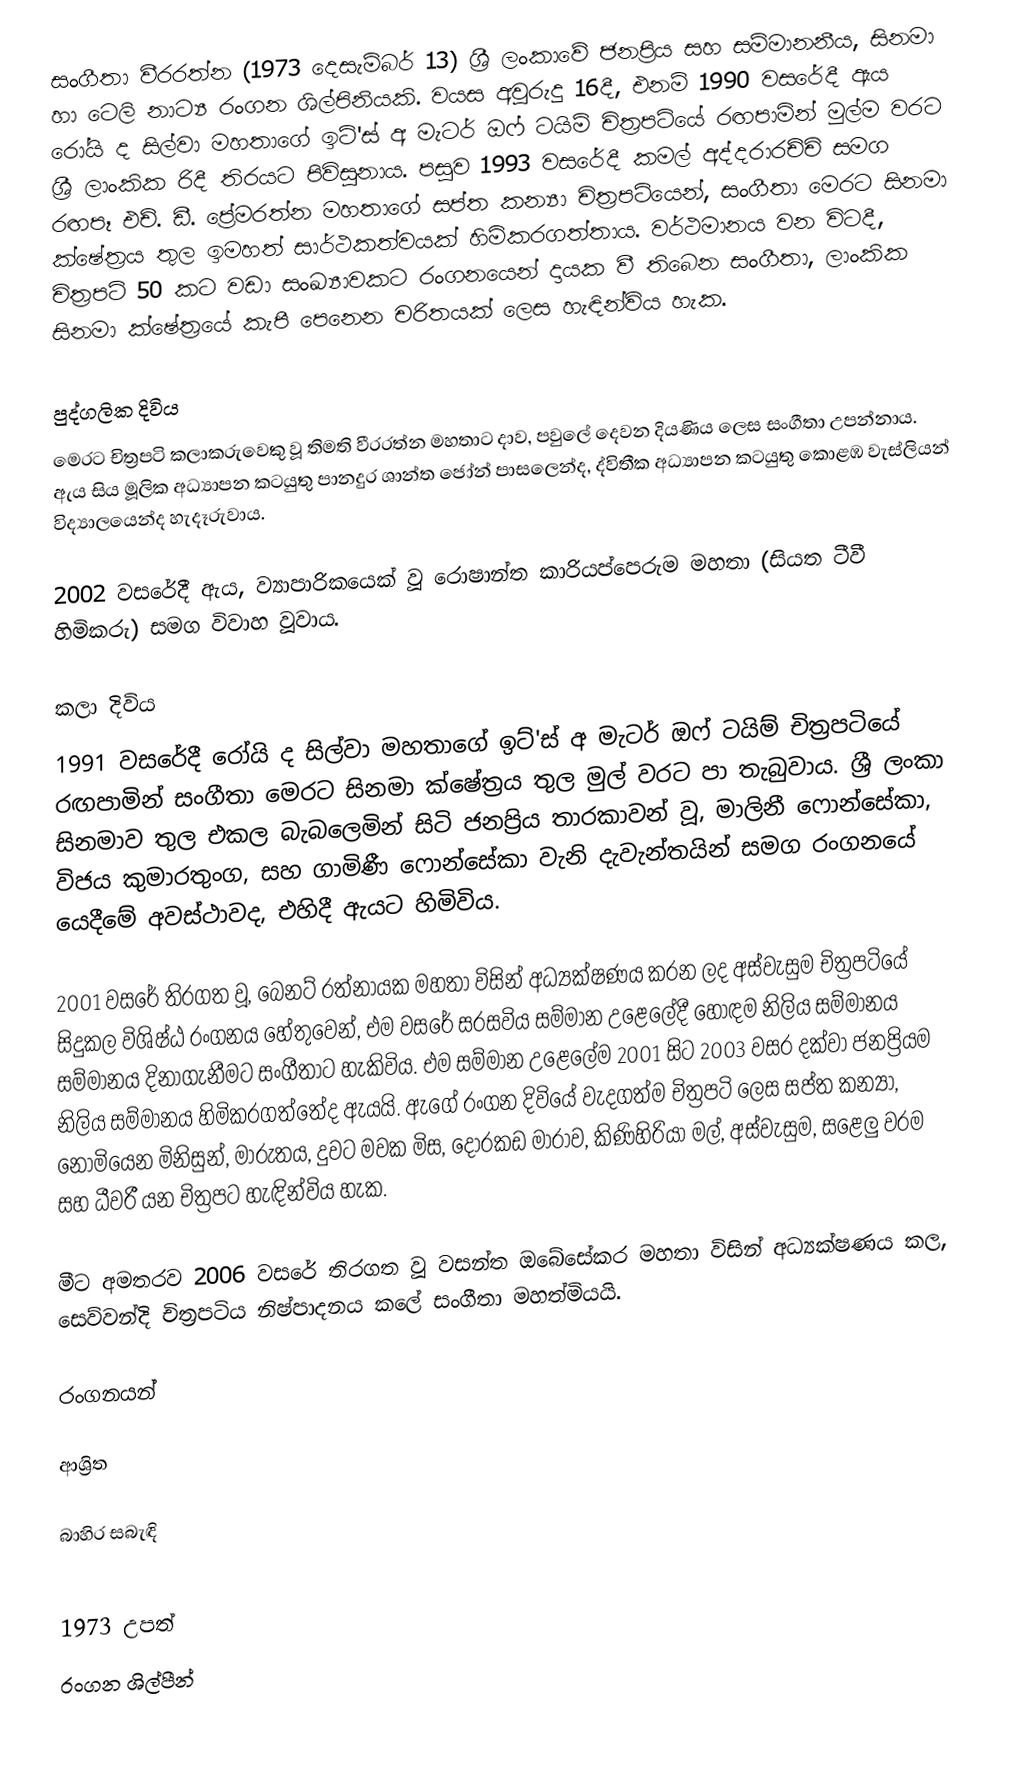
සංගීතා වීරරත්න (1973 දෙසැම්බර් 13) ශ්‍රී ලංකාවේ ජනප්‍රිය සහ සම්මානනීය, සිනමා හා ටෙලි නාට්‍ය රංගන ශිල්පිනියකි. වයස අවුරුදු 16දී, එනම් 1990 වසරේදී ඇය රෝයි ද සිල්වා මහතාගේ ඉට්'ස් අ මැටර් ඔෆ් ටයිම් චිත්‍රපටියේ රඟපාමින් මුල්ම වරට ශ්‍රී ලාංකික රිදී තිරයට පිවිසුනාය. පසුව 1993 වසරේදී කමල් අද්දරාරච්චි සමග රඟපෑ එච්. ඩී. ප්‍රේමරත්න මහතාගේ සප්ත කන්‍යා චිත්‍රපටියෙන්, සංගීතා මෙරට සිනමා ක්ෂේත්‍රය තුල ඉමහත් සාර්ථකත්වයක් හිමිකරගත්තාය. වර්ථමානය වන විටදී, චිත්‍රපටි 50 කට වඩා සංඛ්‍යාවකට රංගනයෙන් දායක වී තිබෙන සංගීතා, ලාංකික සිනමා ක්ෂේත්‍රයේ කැපී පෙනෙන චරිතයක් ලෙස හැඳින්විය හැක.

පුද්ගලික දිවිය
මෙරට චිත්‍රපටි කලාකරුවෙකු වූ තිමති වීරරත්න මහතාට දාව, පවුලේ දෙවන දියණිය ලෙස සංගීතා උපන්නාය. ඇය සිය මූලික අධ්‍යාපන කටයුතු පානදුර ශාන්ත ජෝන් පාසලෙන්ද, ද්විතීක අධ්‍යාපන කටයුතු කොළඹ වැස්ලියන් විද්‍යාලයෙන්ද හැදෑරුවාය.

2002 වසරේදී ඇය, ව්‍යාපාරිකයෙක් වූ රොෂාන්ත කාරියප්පෙරුම මහතා (සියත ටීවී හිමිකරු) සමග විවාහ වූවාය.

කලා දිවිය
1991 වසරේදී රෝයි ද සිල්වා මහතාගේ ඉට්'ස් අ මැටර් ඔෆ් ටයිම් චිත්‍රපටියේ රඟපාමින් සංගීතා මෙරට සිනමා ක්ෂේත්‍රය තුල මුල් වරට පා තැබුවාය. ශ්‍රී ලංකා සිනමාව තුල එකල බැබලෙමින් සිටි ජනප්‍රිය තාරකාවන් වූ, මාලිනී ෆොන්සේකා, විජය කුමාරතුංග, සහ ගාමිණී ෆොන්සේකා වැනි දැවැන්තයින් සමග රංගනයේ යෙදීමේ අවස්ථාවද, එහිදී ඇයට හිමිවිය.

2001 වසරේ තිරගත වූ, බෙනට් රත්නායක මහතා විසින් අධ්‍යක්ෂණය කරන ලද අස්වැසුම චිත්‍රපටියේ සිදුකල විශිෂ්ඨ රංගනය හේතුවෙන්, එම වසරේ සරසවිය සම්මාන උළෙලේදී හොඳම නිලිය සම්මානය සම්මානය දිනාගැනීමට සංගීතාට හැකිවිය. එම සම්මාන උළෙලේම 2001 සිට 2003 වසර දක්වා ජනප්‍රියම නිලිය සම්මානය හිමිකරගත්තේද ඇයයි. ඇගේ රංගන දිවියේ වැදගත්ම චිත්‍රපටි ලෙස සප්ත කන්‍යා, නොමියෙන මිනිසුන්, මාරුතය, දුවට මවක මිස, දොරකඩ මාරාව, කිණිහිරියා මල්, අස්වැසුම, සළෙලු වරම සහ ධීවරී යන චිත්‍රපට හැඳින්විය හැක.

මීට අමතරව 2006 වසරේ තිරගත වූ වසන්ත ඔබේසේකර මහතා විසින් අධ්‍යක්ෂණය කල, සෙව්වන්දි චිත්‍රපටිය නිෂ්පාදනය කලේ සංගීතා මහත්මියයි.

රංගනයන්

ආශ්‍රිත

බාහිර සබැඳි

1973 උපත්
රංගන ශිල්පීන්